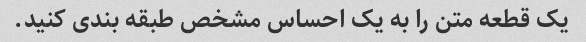
یک قطعه متن را به یک احساس مشخص طبقه بندی کنید.